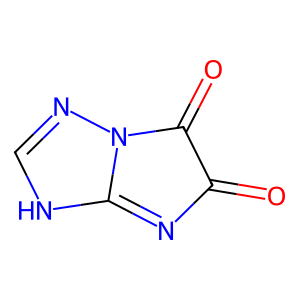
SMILES: O=C1N=C2NC=NN2C1=O
Inhibits HIV replication: No